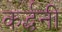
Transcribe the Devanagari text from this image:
कर्द्धनी